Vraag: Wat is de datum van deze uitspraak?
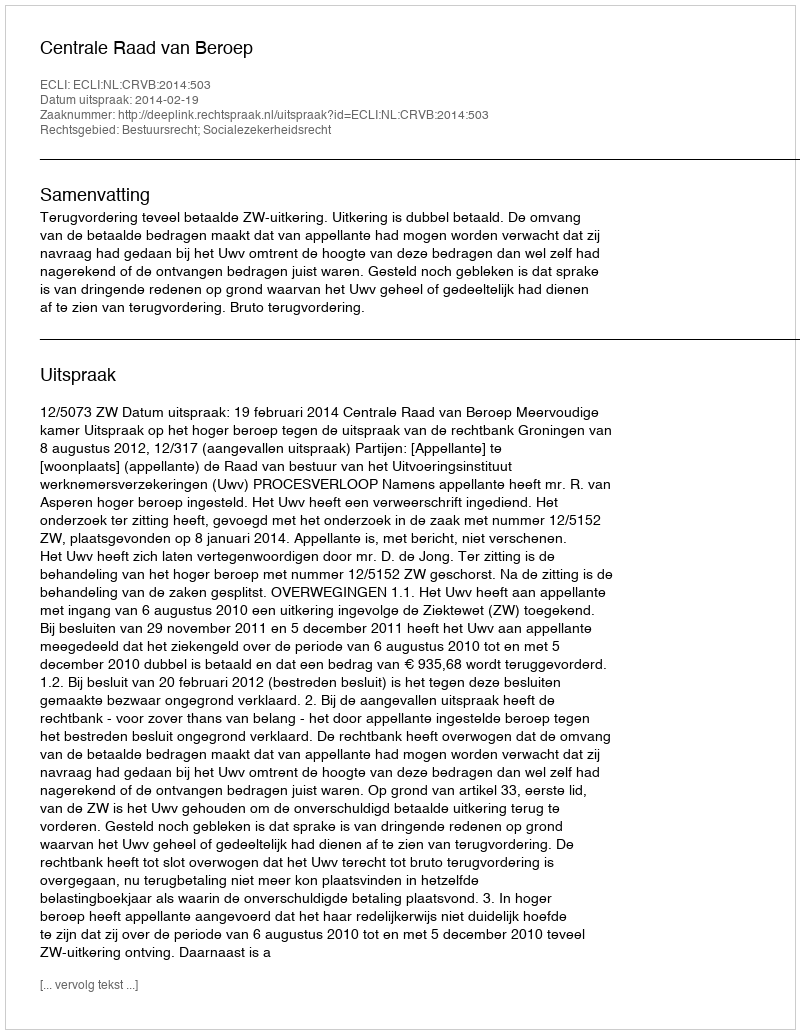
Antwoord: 2014-02-19